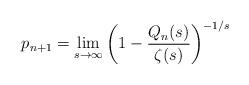
LaTeX: \begin{align*}p_{n+1} = \lim_{s\to\infty} \left(1-\frac{Q_n(s)}{\zeta(s)}\right)^{-1/s}\end{align*}